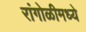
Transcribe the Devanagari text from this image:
रांगोळीमध्ये